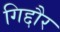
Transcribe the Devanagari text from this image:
गिद्दौर